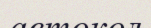
автокөл